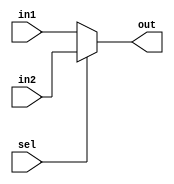
module mux_n_bit(in1, in2, sel, out);

parameter n = 32;

	input [n-1:0] in1;
	input [n-1:0] in2;
	input sel;
	
	output reg [n-1:0] out;
	
	always @ (*)
	begin
		if (!sel)
			out <= in1;
		else
			out <= in2;
	end
endmodule